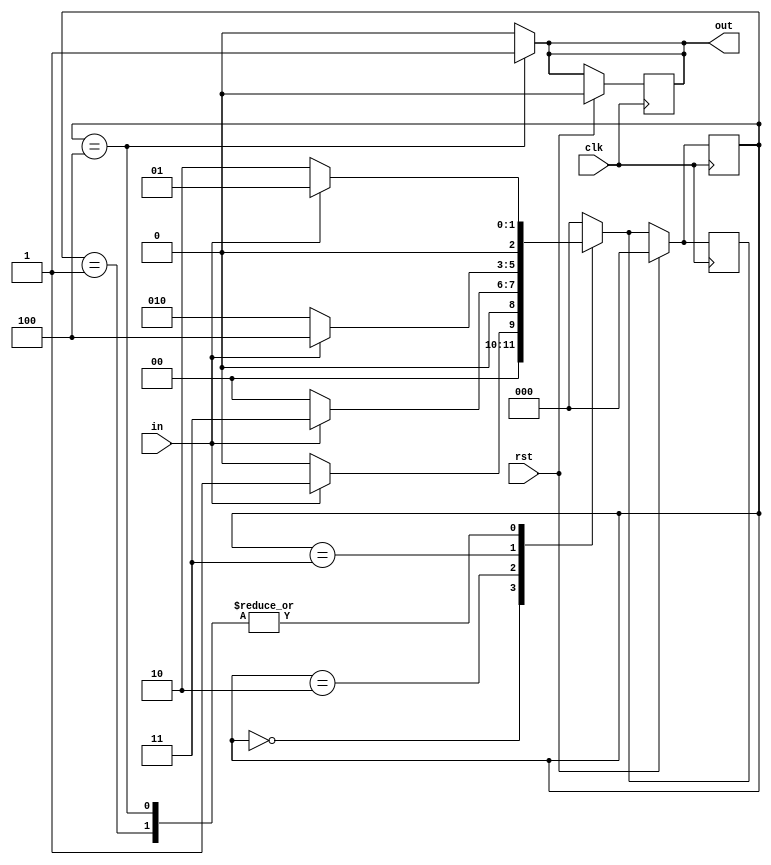
`timescale 1ns / 1ps
//////////////////////////////////////////////////////////////////////////////////
// Company: 
// 
// Design Name: Overlapping Moore Sequence Detector "1011"
// Module Name: moore
// Project Name: 
// Target Devices: 
// Tool Versions: 
// Description: 
// 
// Dependencies: 
// 
// Revision:
// Revision 0.01 - File Created
// Additional Comments:
// 
//////////////////////////////////////////////////////////////////////////////////


module moore(input clk,
             input rst,
             input in,
             output reg out);

    parameter s0 = 0, s1 = 1, s10 = 2, s101 = 3, s1011 = 4;
    
    reg[2:0] PS, NS;
    
    always @(posedge clk) begin
        if(rst) begin
            out <= 0;
            PS <= s0;
            NS <= s0;
        end
        else begin
            PS <= NS;
        end
    end
    always @(PS, in) begin
        case(PS)
            s0: begin
                out = 0;
                NS = in ? s1 : s0;
            end
            s1: begin
                out = 0;
                NS = in ? s1 : s10;
            end
            s10: begin
                out = 0;
                NS = in ? s101 : s0;
            end
            s101: begin
                out = 0;
                NS = in ? s1011 : s10;
            end
            s1011: begin
                out = 1;
                NS = in ? s1 : s10;
            end
            default: begin
                NS = s0;
                out = 0;
            end
        endcase
    end
    
endmodule